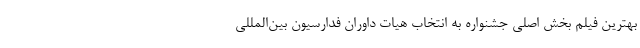
بهترین فیلم بخش اصلی جشنواره به انتخاب هیات داوران فدارسیون بین‌المللی